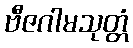
ဗီဇဂါမသုတ္တံ